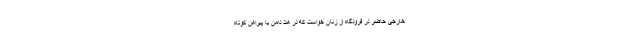
خارجی حاضر در فرودگاه از زنان خواست که در هند دامن یا پیراهن کوتاه